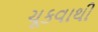
ચૂકવાથી